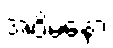
အဝိမနော